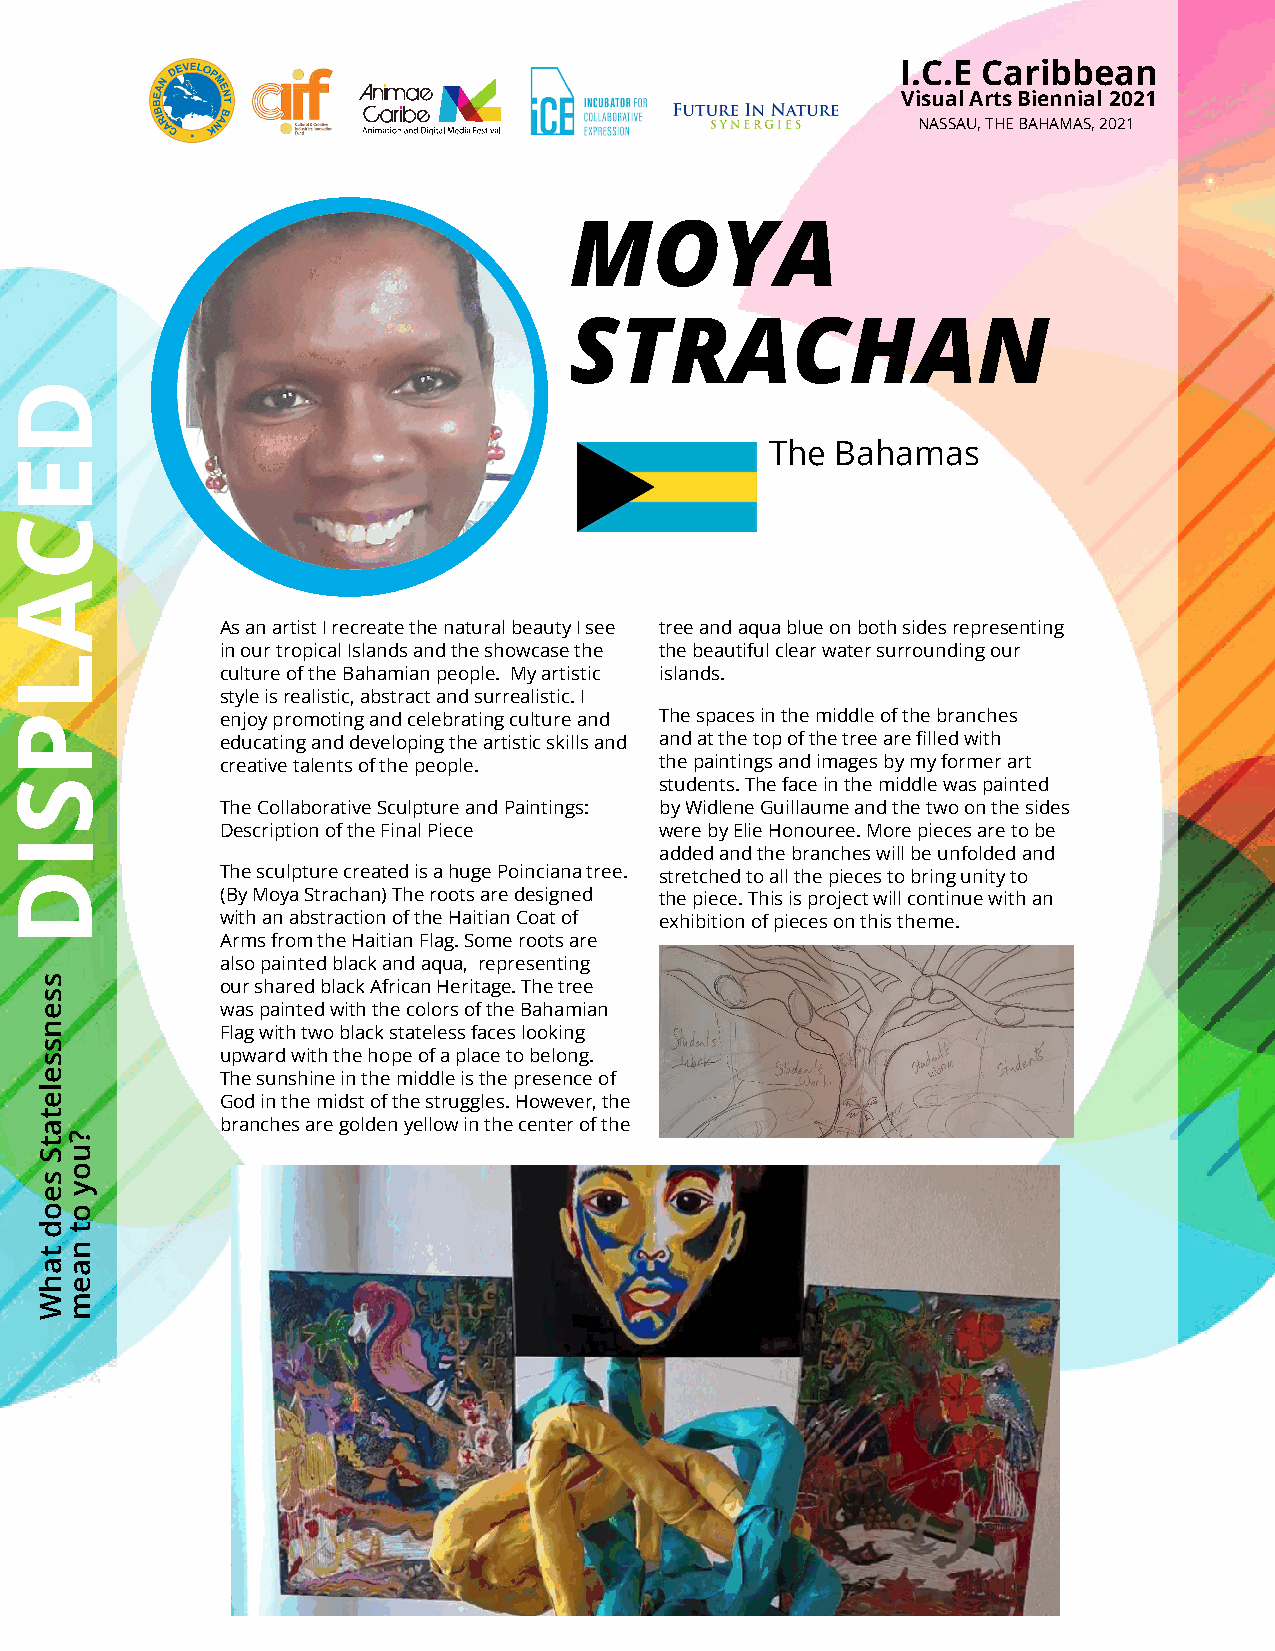
I.C.E Caribbean
 Visual Arts Biennial 2021
 NASSAU, THE BAHAMAS, 2021
 MOYA
 STRACHAN
 The Bahamas
 As an artist I recreate the natural beauty I see tree and aqua blue on both sides representing
 in our tropical Islands and the showcase the the beautiful clear water surrounding our
 culture of the Bahamian people. My artistic islands.
 style is realistic, abstract and surrealistic. I
 enjoy promoting and celebrating culture and The spaces in the middle of the branches
 educating and developing the artistic skills and and at the top of the tree are filled with
 creative talents of the people. the paintings and images by my former art
 students. The face in the middle was painted
 The Collaborative Sculpture and Paintings: by Widlene Guillaume and the two on the sides
 Description of the Final Piece were by Elie Honouree. More pieces are to be
 added and the branches will be unfolded and
 The sculpture created is a huge Poinciana tree. stretched to all the pieces to bring unity to
 (By Moya Strachan) The roots are designed the piece. This is project will continue with an
 with an abstraction of the Haitian Coat of exhibition of pieces on this theme.
 Arms from the Haitian Flag. Some roots are
 also painted black and aqua, representing
 our shared black African Heritage. The tree
 was painted with the colors of the Bahamian
 Flag with two black stateless faces looking
 upward with the hope of a place to belong.
 The sunshine in the middle is the presence of
 God in the midst of the struggles. However, the
 branches are golden yellow in the center of the
 DECALPSID
 ssensseletatS
 seod
 tahW
 ?uoy
 ot
 naem